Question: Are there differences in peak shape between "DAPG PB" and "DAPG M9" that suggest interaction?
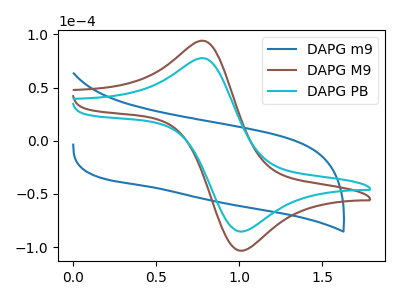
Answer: <think>The blue curve "DAPG m9" has no peaks. The brown curve "DAPG M9" has an anodic peak at (0.80V, 93.55uA) and a cathodic peak at (1.00V, -103.40uA). The cyan curve "DAPG PB" has an anodic peak at (0.80V, 77.25uA) and a cathodic peak at (1.00V, -85.40uA).
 All the peaks in "DAPG PB" have a peak in "DAPG M9" at the same potential. Every peak in "DAPG PB" is lower than every peak in "DAPG M9".</think>
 <answer>No, "DAPG PB" and "DAPG M9" don't appear to be significantly different in shape</answer>
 <eval>no_change</eval>